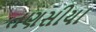
તણસીયા